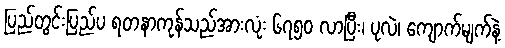
ပြည်တွင်းပြည်ပ ရတနာကုန်သည်အားလုံး ၆၇၅ဝ လာပြီး၊ ပုလဲ၊ ကျောက်မျက်နဲ့